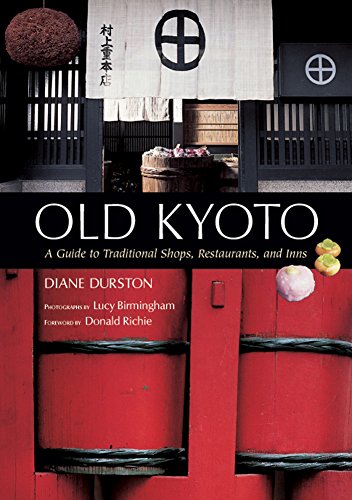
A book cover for Old Kyoto: The Updated guide to Traditional Shops, Restaurants, and Inns; Diane Durston; Travel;